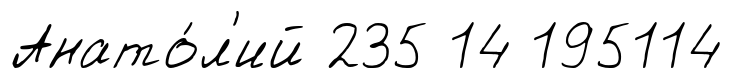
Анато́л'ий 235 14 195114